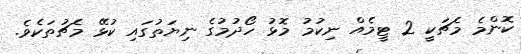
ކޮންމެ މެޗަކީ 2 ޓީމެއް ނިކުމު މޮޅު ހޯދުމުގެ ނިޔަތުގައި ކުޅޭ މެޗުތަކެވެ.